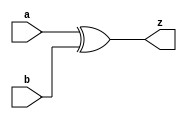
// This program was cloned from: https://github.com/siliconcompiler/lambdalib
// License: MIT License

//#############################################################################
//# Function: 2-Input Exclusive-Or Gate                                       #
//# Copyright: Lambda Project Authors. All rights Reserved.                   #
//# License:  MIT (see LICENSE file in Lambda repository)                     #
//#############################################################################

module la_xor2 #(
    parameter PROP = "DEFAULT"
) (
    input  a,
    input  b,
    output z
);

    assign z = a ^ b;

endmodule